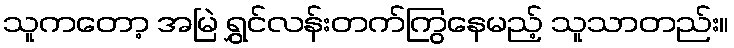
သူကတော့ အမြဲ ရွှင်လန်းတက်ကြွနေမည့် သူသာတည်း။